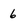
Character: 6